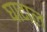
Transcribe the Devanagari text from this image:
घाटाल